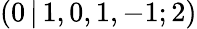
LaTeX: (0\, |\, 1,0,1,-1;2)